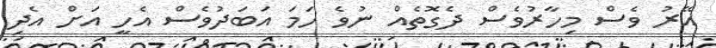
އޭރު ވެސް މިހާރުވެސް ދެގޮތެއް ނުވެ ހަމަ އަބަދުވެސް އެހީ އަށް އެދި